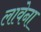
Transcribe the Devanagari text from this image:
लावेना